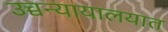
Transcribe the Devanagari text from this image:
उच्चन्यायालयात